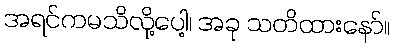
အရင်ကမသိလို့ပေါ့၊ အခု သတိထားနော်။